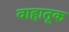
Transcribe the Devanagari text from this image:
वाहातूक